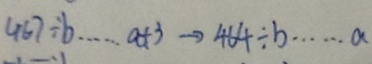
4 6 7 \div b \cdots a + 3 \rightarrow 4 6 4 \div b \cdots a